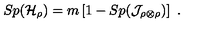
S p ( { \cal H } _ { \rho } ) = m \left[ 1 - S p ( { \cal J } _ { \rho \otimes \rho } ) \right] \ .